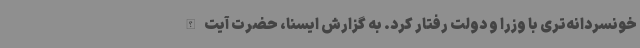
خونسردانه‌تری با وزرا و دولت رفتار کرد. به گزارش ایسنا، حضرت آیت الله